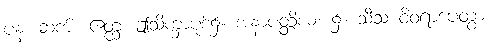
ပန၊ ဆက်။ ဧတ္ထ၊ ဤသိက္ခာပုဒ်၌။ အနာပတ္တိယံ၊ ၌။ သီသံ ဝိဝရာပေတွာ